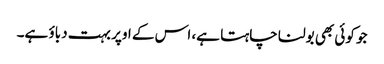
جو کوئی بھی بولنا چاہتا ہے، اس کے اوپر بہت دباؤ ہے۔